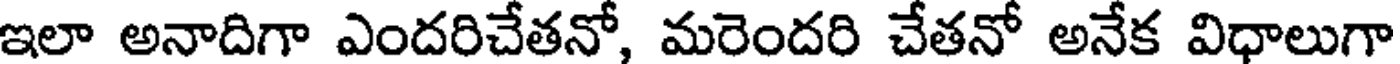
ఇలా అనాదిగా ఎందరిచేతనో, మరెందరి చేతనో అనేక విధాలుగా